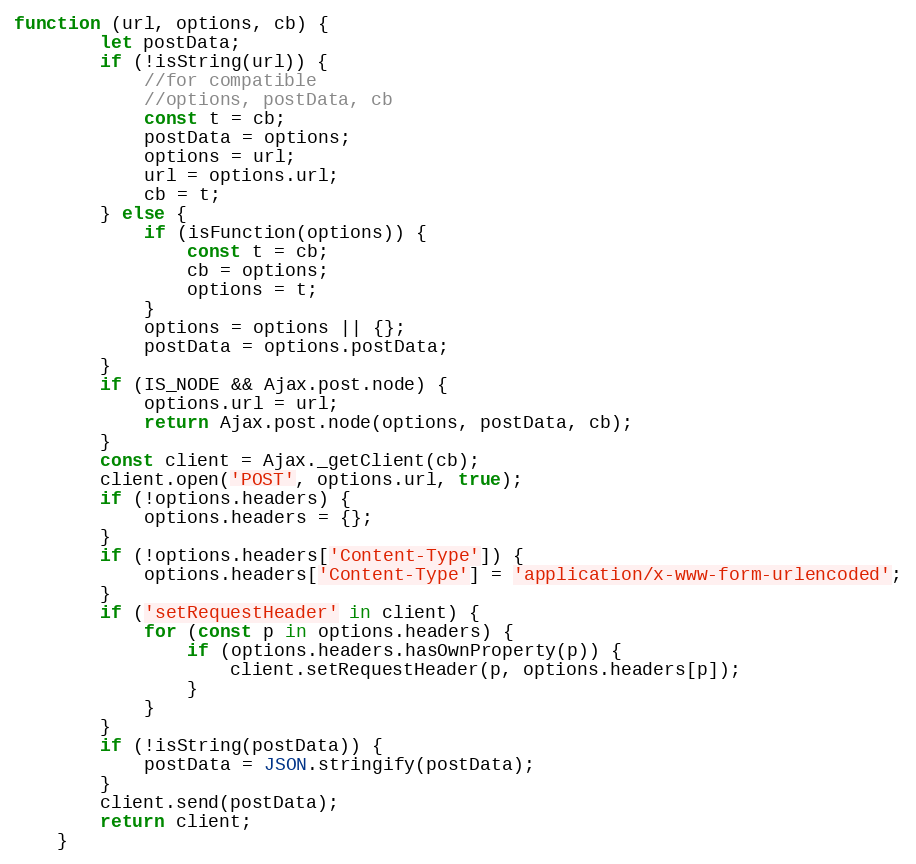
Language: JavaScript
function (url, options, cb) {
        let postData;
        if (!isString(url)) {
            //for compatible
            //options, postData, cb
            const t = cb;
            postData = options;
            options = url;
            url = options.url;
            cb = t;
        } else {
            if (isFunction(options)) {
                const t = cb;
                cb = options;
                options = t;
            }
            options = options || {};
            postData = options.postData;
        }
        if (IS_NODE && Ajax.post.node) {
            options.url = url;
            return Ajax.post.node(options, postData, cb);
        }
        const client = Ajax._getClient(cb);
        client.open('POST', options.url, true);
        if (!options.headers) {
            options.headers = {};
        }
        if (!options.headers['Content-Type']) {
            options.headers['Content-Type'] = 'application/x-www-form-urlencoded';
        }
        if ('setRequestHeader' in client) {
            for (const p in options.headers) {
                if (options.headers.hasOwnProperty(p)) {
                    client.setRequestHeader(p, options.headers[p]);
                }
            }
        }
        if (!isString(postData)) {
            postData = JSON.stringify(postData);
        }
        client.send(postData);
        return client;
    }